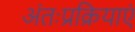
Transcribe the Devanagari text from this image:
अंतःप्रक्रियाएं